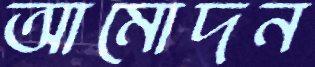
আমোদন